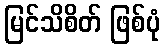
မြင်သိစိတ် ဖြစ်ပုံ